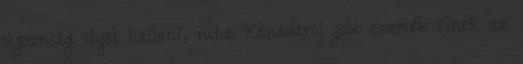
újdonság ilyet hallani, noha Kanadáról jobb eszmék élnek az